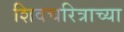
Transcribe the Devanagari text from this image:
शिवचरित्राच्या